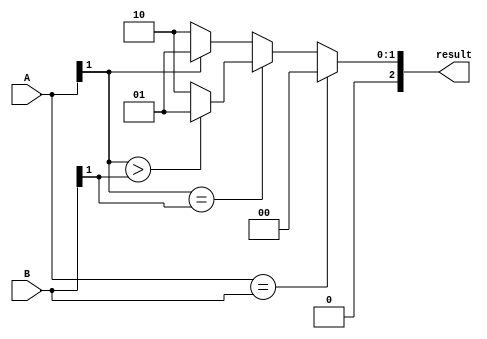
module comparator(
    input [1:0] A,
    input [1:0] B,
    output reg [2:0] result
);

always @(*) begin
    if (A == B)
        result = 3'b00; // equal
    else if (A[1] == B[1])
        result = A[1] > B[1] ? 3'b01 : 3'b10; // compare using most significant bit
    else
        result = A[1] ? 3'b01 : 3'b10; // signed comparison
end

endmodule